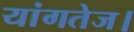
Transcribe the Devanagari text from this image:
यांगतेज।